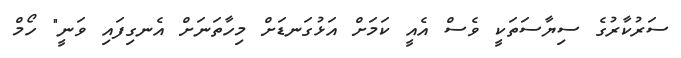
ސަރުކާރުގެ ސިޔާސަތަކީ ވެސް އެއީ ކަމަށް އަޅުގަނޑަށް މިހާތަނަށް އެނގިފައި ވަނީ" ހޯމް